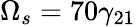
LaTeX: \Omega_{s}=70\gamma_{21}